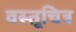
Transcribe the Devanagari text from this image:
वस्तूचित्र